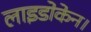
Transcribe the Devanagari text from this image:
लाइडोकेन।